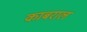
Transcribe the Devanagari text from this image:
काबराल